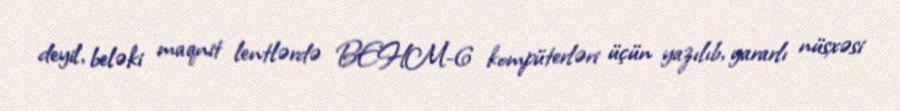
deyil, beləki maqnit lentlərdə BEHM-6 kompüterləri üçün yazılıb, yararlı nüsxəsi